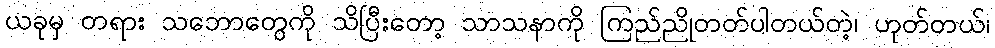
ယခုမှ တရား သဘောတွေကို သိပြီးတော့ သာသနာကို ကြည်ညိုတတ်ပါတယ်တဲ့၊ ဟုတ်တယ်၊